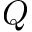
Q